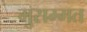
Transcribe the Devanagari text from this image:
मुसम्मत